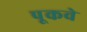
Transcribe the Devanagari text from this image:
पूकवे